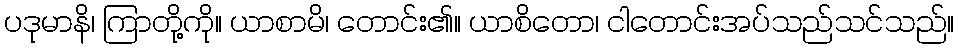
ပဒုမာနိ၊ ကြာတို့ကို။ ယာစာမိ၊ တောင်း၏။ ယာစိတော၊ ငါတောင်းအပ်သည်သင်သည်။